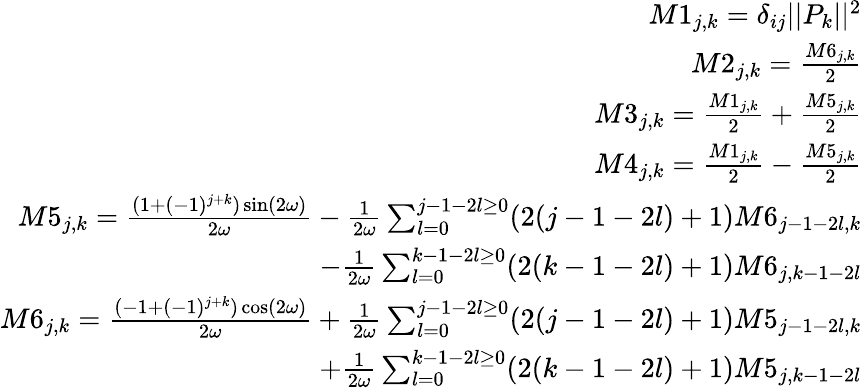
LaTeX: \begin{array}{r}{M1_{j,k}=\delta_{ij}||P_{k}||^{2}}\\ {M2_{j,k}=\frac{M6_{j,k}}{2}}\\ {M3_{j,k}=\frac{M1_{j,k}}{2}+\frac{M5_{j,k}}{2}}\\ {M4_{j,k}=\frac{M1_{j,k}}{2}-\frac{M5_{j,k}}{2}}\\ {M5_{j,k}=\frac{(1+(-1)^{j+k})\sin(2\omega)}{2\omega}-\frac{1}{2\omega}\sum_{l=0}^{j-1-2l\geq 0}(2(j-1-2l)+1)M6_{j-1-2l,k}}\\ {-\frac{1}{2\omega}\sum_{l=0}^{k-1-2l\geq 0}(2(k-1-2l)+1)M6_{j,k-1-2l}}\\ {M6_{j,k}=\frac{(-1+(-1)^{j+k})\cos(2\omega)}{2\omega}+\frac{1}{2\omega}\sum_{l=0}^{j-1-2l\geq 0}(2(j-1-2l)+1)M5_{j-1-2l,k}}\\ {+\frac{1}{2\omega}\sum_{l=0}^{k-1-2l\geq 0}(2(k-1-2l)+1)M5_{j,k-1-2l}}\end{array}